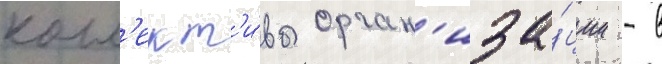
колл'ект'и́вы орган'иза́ции - в